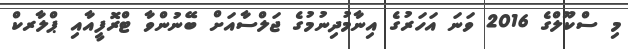
މި ސްކޫލްގެ 2016 ވަނަ އަހަރުގެ އިނާމުދިނުމުގެ ޖަލްސާއަށް ބޭނުންވާ ޓްރޮފީއާއި ޕްލާރކް